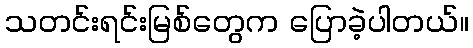
သတင်းရင်းမြစ်တွေက ပြောခဲ့ပါတယ်။